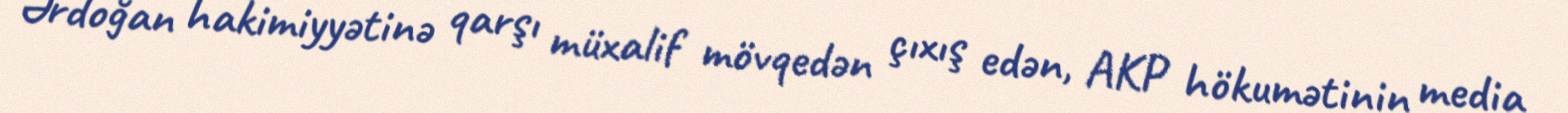
Ərdoğan hakimiyyətinə qarşı müxalif mövqedən çıxış edən, AKP hökumətinin media